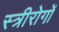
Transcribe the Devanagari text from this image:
स्त्रीरोगों